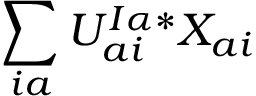
\sum _ { i a } U _ { a i } ^ { I \alpha * } X _ { a i }